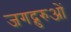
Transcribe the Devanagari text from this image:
जगद्गुरुओं